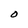
Character: O